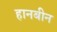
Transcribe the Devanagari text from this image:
हानबीन